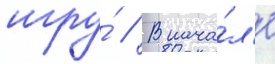
игру́ // В нача́л'е